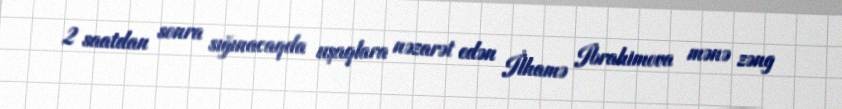
2 saatdan sonra sığınacaqda uşaqlara nəzarət edən İlhamə Ibrahimova mənə zəng